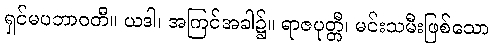
ရှင်မပဘာဝတီ။ ယဒါ၊ အကြင်အခါ၌။ ရာဇပုတ္တီ၊ မင်းသမီးဖြစ်သော